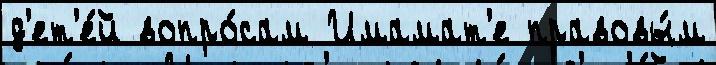
д'ет'е́й вопро́сам Имамат'е правовы́м